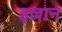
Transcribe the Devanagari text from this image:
इल्लान